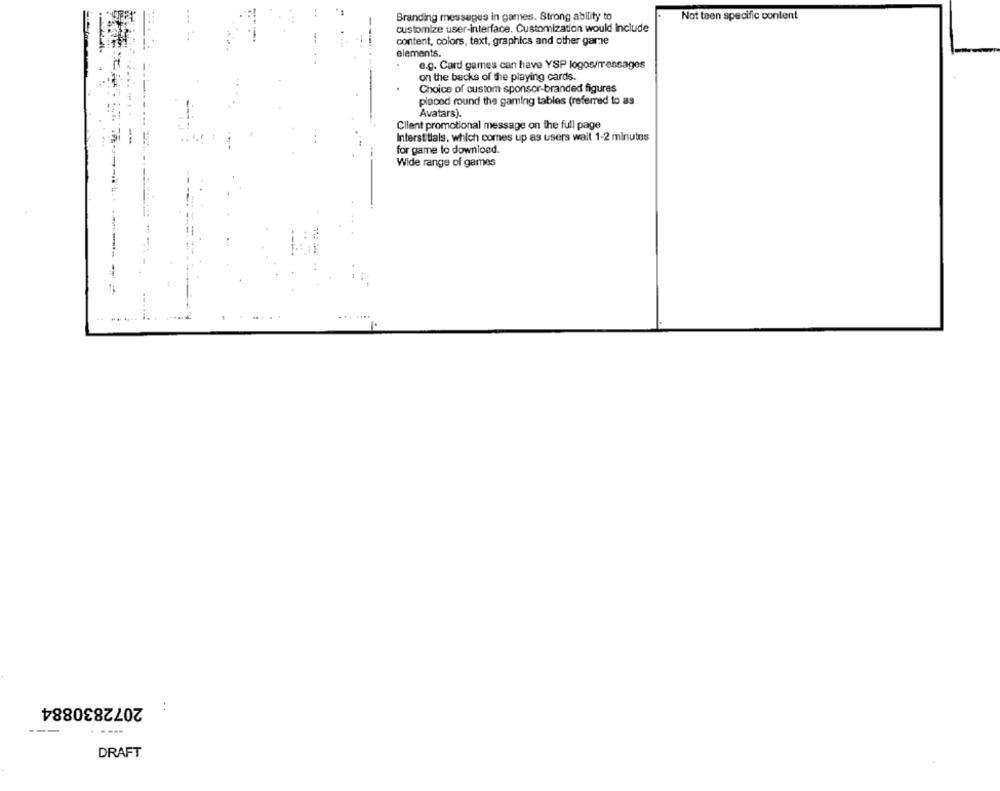
Branding messages in games. Strong ability to
Not teen specific content
customize user-interface. Customization would Include
content, colors, text, graphics and other game
elements.
e.g. Card games can have YSP logos/messages
on the backs of the playing cards.
Choice of custom sponsor-branded figures
placed round the gaming tables (referred to as
Avatars).
Client promotional message on the full page
....
Interst tlals, which comes up as users wait 1-2 minutes
for game to download.
Wide range of games
....
2072830884
----
DRAFT